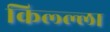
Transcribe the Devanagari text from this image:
किल्ल्ला